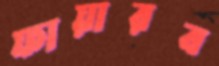
ফায়ারব